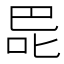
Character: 巼